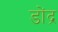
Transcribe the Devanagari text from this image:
डोंद्र